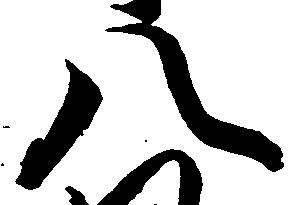
八